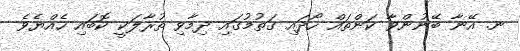
ނ. އޭނާ ބޭނުންވާ ކަންތައް ހޯދައި ގަތުމުގައި ދިމާވި ތުރާލަކީ ކޮބައި ހެއްޔެވެ